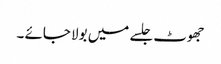
جھوٹ جلسے میں بولا جائے ۔